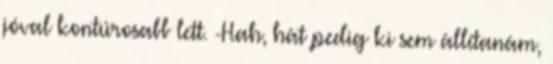
jóval kontúrosabb lett. -Hah, hát pedig ki sem állítanám,